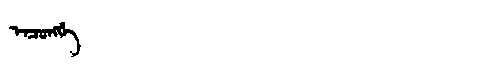
Manchu: ᡝᠨᠴᡠᠩᡤᡝ
Romanization: ENCUNGGE